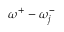
\omega ^ { + } - \omega _ { j } ^ { - }